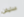
ستيفن